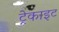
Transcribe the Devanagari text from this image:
ट्रेकाइट